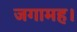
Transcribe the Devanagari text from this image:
जगामह।